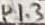
Text: P1.3